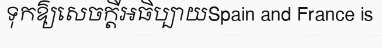
ទុកឱ្យសេចក្តីអធិប្បាយSpain and France is